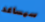
سيساعد